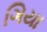
ગિયા